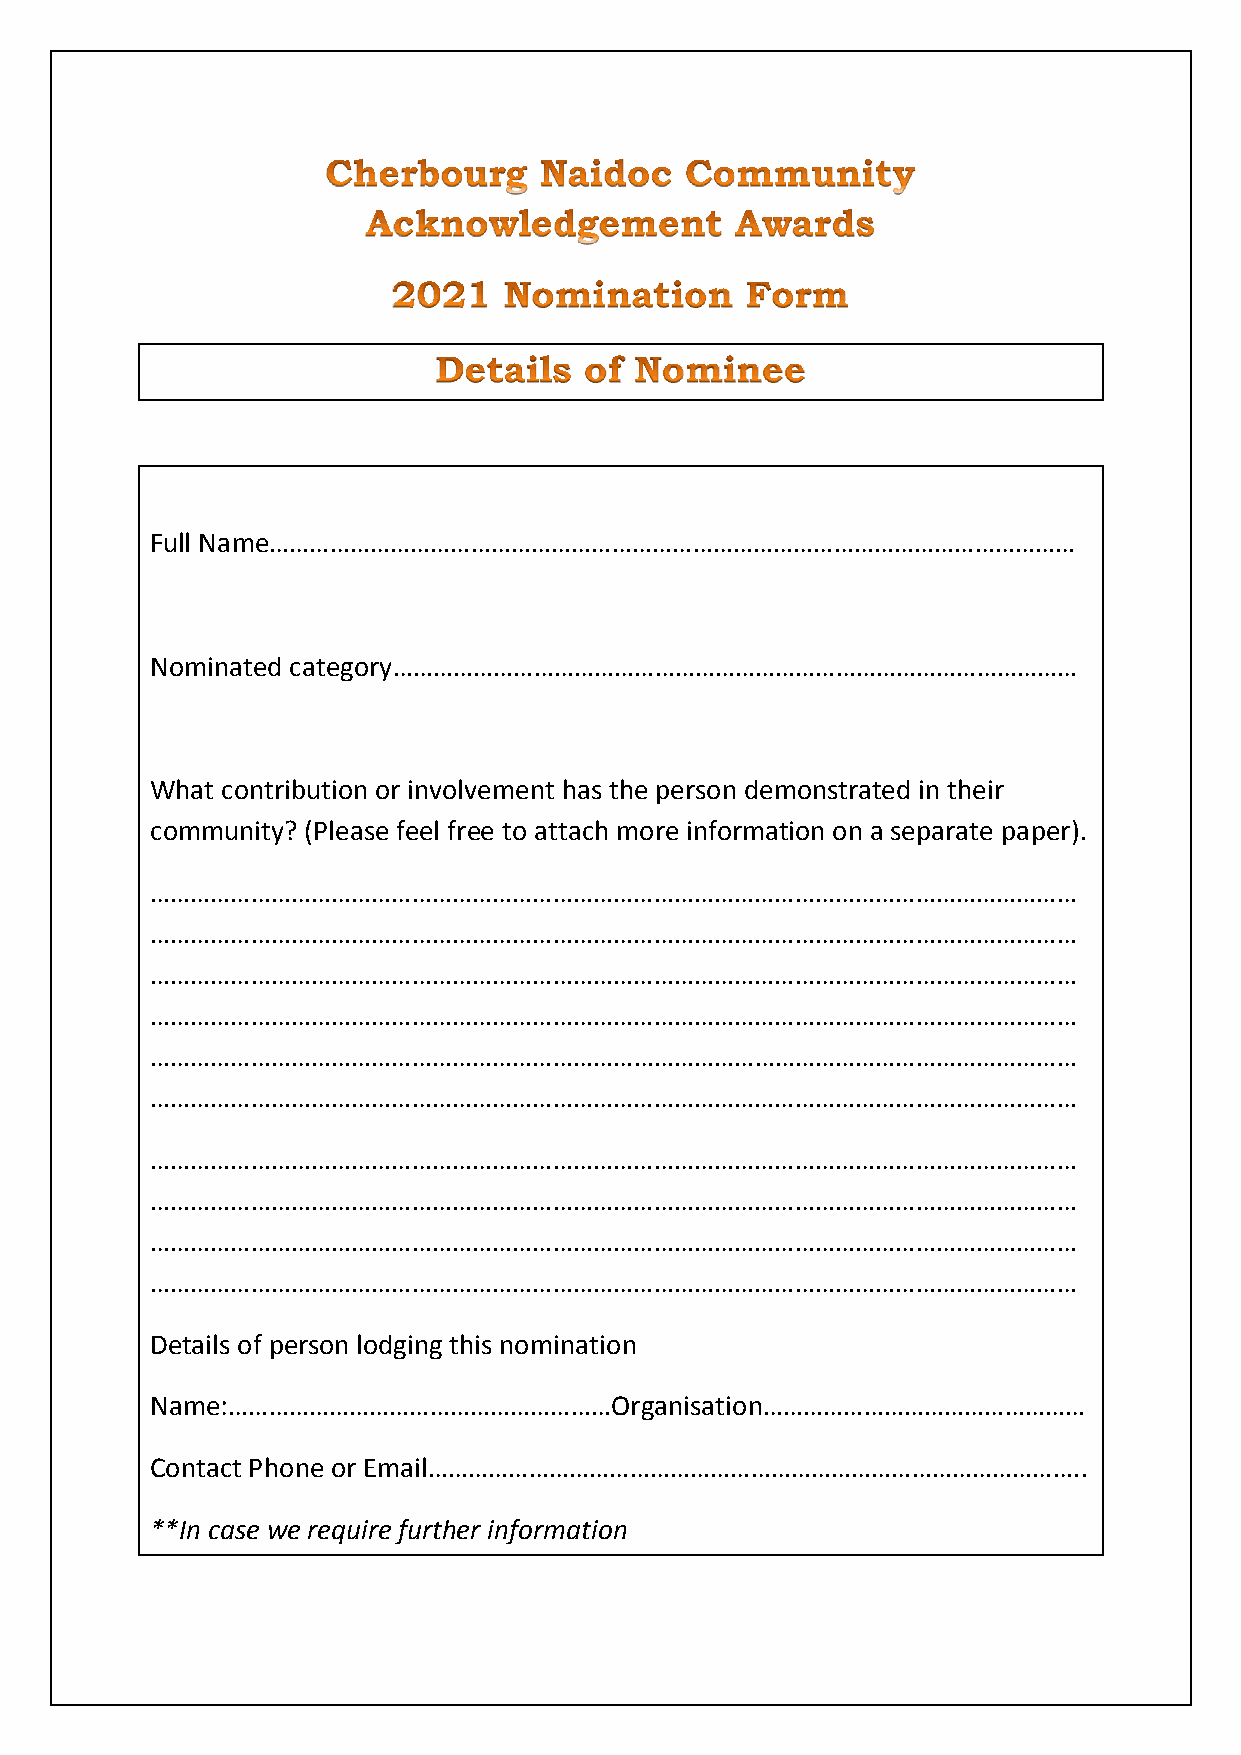
Full Name…………………………………………………………………………………………………………
 Nominated category…………………………………………………………………………………………
 What contribution or involvement has the person demonstrated in their
 community? (Please feel free to attach more information on a separate paper).
 …………………………………………………………………………………………………………………………
 …………………………………………………………………………………………………………………………
 …………………………………………………………………………………………………………………………
 …………………………………………………………………………………………………………………………
 …………………………………………………………………………………………………………………………
 …………………………………………………………………………………………………………………………
 …………………………………………………………………………………………………………………………
 …………………………………………………………………………………………………………………………
 …………………………………………………………………………………………………………………………
 …………………………………………………………………………………………………………………………
 Details of person lodging this nomination
 Name:…………………………………………………Organisation…………………………………………
 Contact Phone or Email……………………………………………………………………………………..
 **In case we require further information